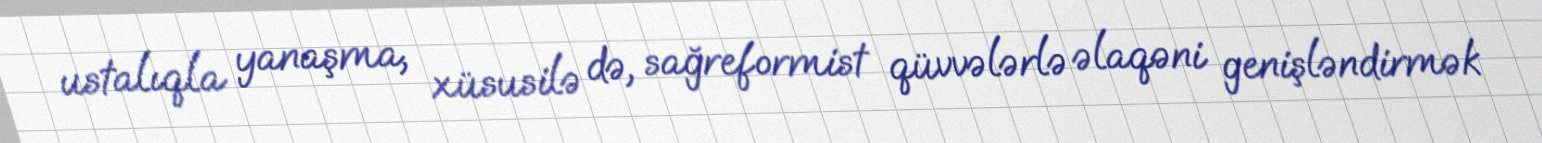
ustalıqla yanaşma, xüsusilə də, sağreformist qüvvələrlə əlaqəni genişləndirmək